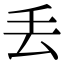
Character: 丢